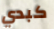
كبدي